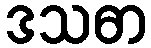
ဒသဓာ